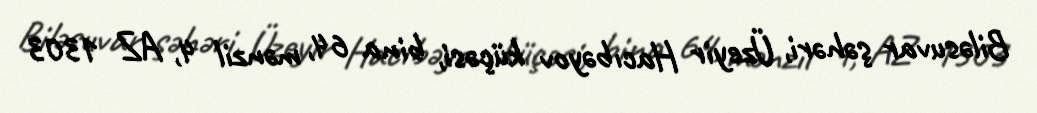
Biləsuvar şəhəri, Üzeyir Hacıbəyov küçəsi, bina 64, mənzil 4, AZ 1303